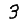
Digit: 3